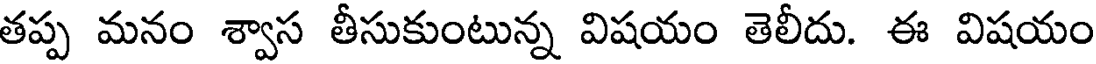
తప్ప మనం శ్వాస తీసుకుంటున్న విషయం తెలీదు. ఈ విషయం